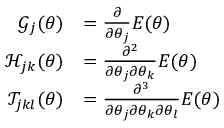
\begin{array} { r l } { \mathcal { G } _ { j } ( { \boldsymbol { \theta } } ) } & { = \frac { \partial } { \partial \theta _ { j } } E ( { \boldsymbol { \theta } } ) } \\ { \mathcal { H } _ { j k } ( { \boldsymbol { \theta } } ) } & { = \frac { \partial ^ { 2 } } { \partial \theta _ { j } \partial \theta _ { k } } E ( { \boldsymbol { \theta } } ) } \\ { \mathcal { T } _ { j k l } ( { \boldsymbol { \theta } } ) } & { = \frac { \partial ^ { 3 } } { \partial \theta _ { j } \partial \theta _ { k } \partial \theta _ { l } } E ( { \boldsymbol { \theta } } ) } \end{array}